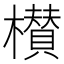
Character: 櫕